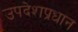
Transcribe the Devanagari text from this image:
उपदेशप्रधान